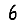
Digit: 6